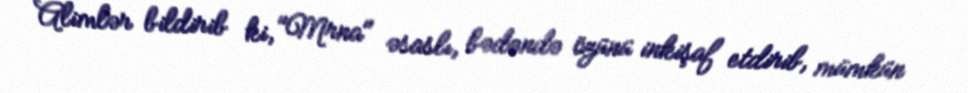
Alimlər bildirib ki, "Mrna" əsaslı, bədəndə özünü inkişaf etdirib, mümkün